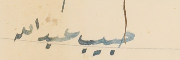
حبيب عبد الله